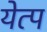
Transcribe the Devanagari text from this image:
येत्प